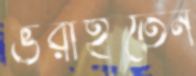
ভরাইতেন